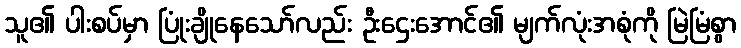
သူ၏ ပါးစပ်မှာ ပြုံးချိုနေသော်လည်း ဦးဌေးအောင်၏ မျက်လုံးအစုံကို မြဲမြံစွာ